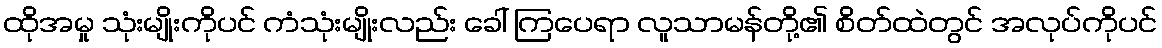
ထိုအမှု သုံးမျိုးကိုပင် ကံသုံးမျိုးလည်း ခေါ် ကြပေရာ လူသာမန်တို့၏ စိတ်ထဲတွင် အလုပ်ကိုပင်